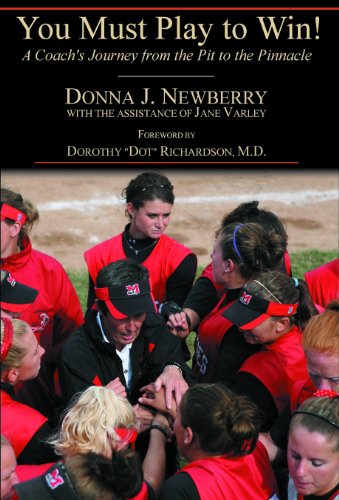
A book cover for You Must Play to Win! A Coach's Journey from the Pit to the Pinnacle; Donna J. Newberry; Sports & Outdoors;